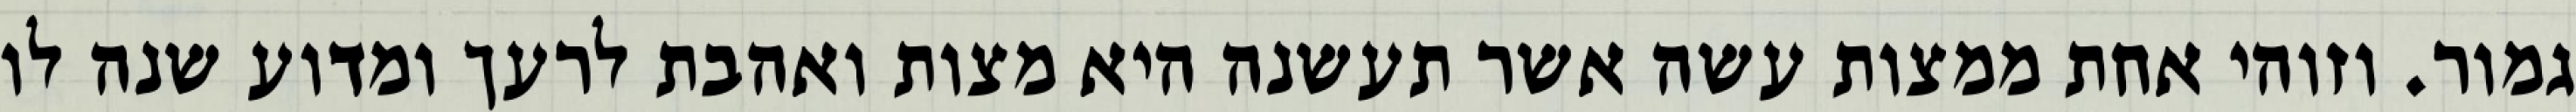
גמור. וזוהי אחת ממצות עשה אשר תעשנה היא מצות ואהבת לרעך ומדוע שנה לו